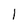
Character: l